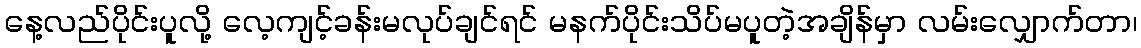
နေ့လည်ပိုင်းပူလို့ လေ့ကျင့်ခန်းမလုပ်ချင်ရင် မနက်ပိုင်းသိပ်မပူတဲ့အချိန်မှာ လမ်းလျှောက်တာ၊